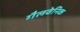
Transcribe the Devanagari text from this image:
गैलवेनिक